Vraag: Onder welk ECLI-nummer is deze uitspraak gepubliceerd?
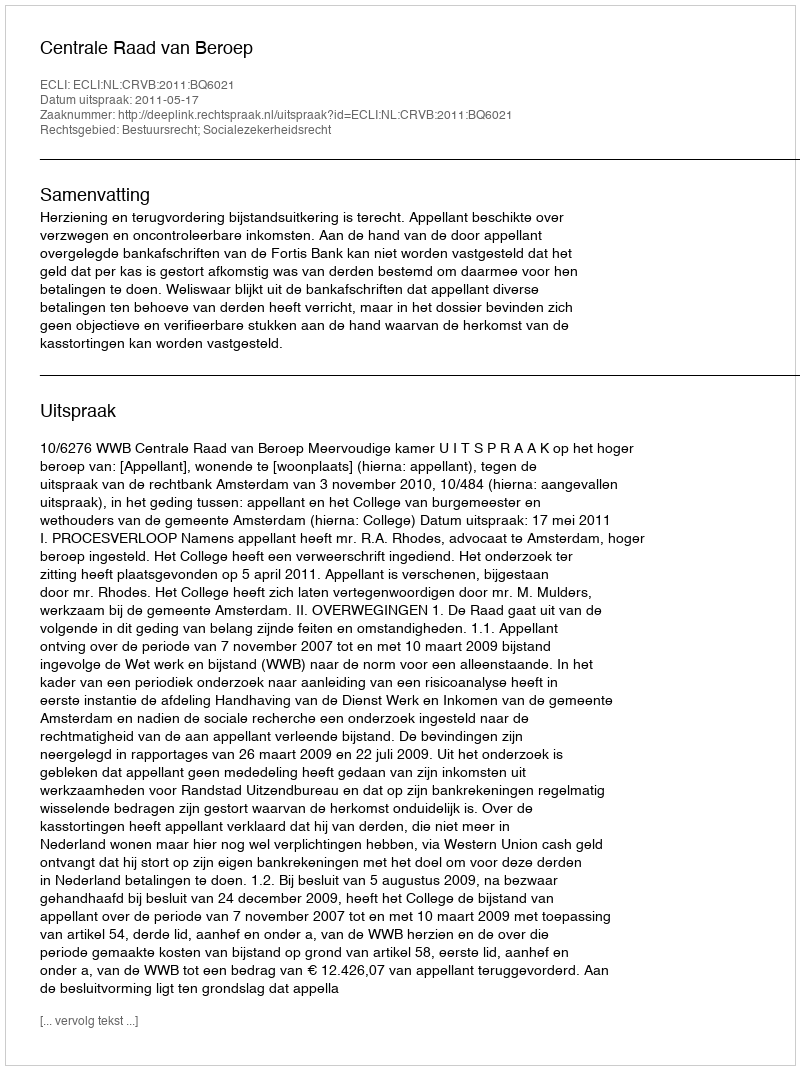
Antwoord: ECLI:NL:CRVB:2011:BQ6021